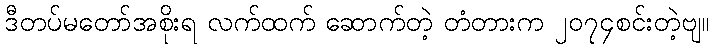
ဒီတပ်မတော်အစိုးရ လက်ထက် ဆောက်တဲ့ တံတားက ၂၀၇၄စင်းတဲ့ဗျ။